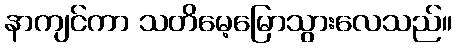
နာကျင်ကာ သတိမေ့မြောသွားလေသည်။